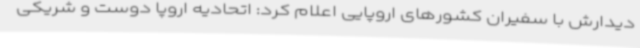
دیدارش با سفیران کشورهای اروپایی اعلام کرد: اتحادیه اروپا دوست و شریکی